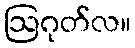
ဩဂုတ်လ။